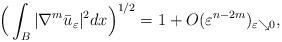
LaTeX: \begin{align*}\Big( \int_B |\nabla^m \bar u_\varepsilon|^2 dx \Big)^{1/2} = 1 + O(\varepsilon^{n-2m})_{\varepsilon \searrow 0},\end{align*}